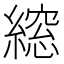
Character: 𮈾